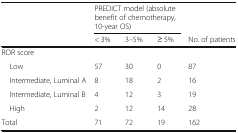
<table><thead><tr><td rowspan="2"></td><td colspan="3"><b>PREDICT model (absolute benefit of chemotherapy, 10-year OS)</b></td><td></td></tr><tr><td><b>&lt; 3%</b></td><td><b>3–5%</b></td><td><b>≥ 5%</b></td><td><b>No. of patients</b></td></tr></thead><tbody><tr><td>ROR score</td><td></td><td></td><td></td><td></td></tr><tr><td> Low</td><td>57</td><td>30</td><td>0</td><td>87</td></tr><tr><td> Intermediate, Luminal A</td><td>8</td><td>18</td><td>2</td><td>16</td></tr><tr><td> Intermediate, Luminal B</td><td>4</td><td>12</td><td>3</td><td>19</td></tr><tr><td> High</td><td>2</td><td>12</td><td>14</td><td>28</td></tr><tr><td>Total</td><td>71</td><td>72</td><td>19</td><td>162</td></tr></tbody></table>